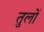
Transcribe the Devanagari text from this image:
तुलों